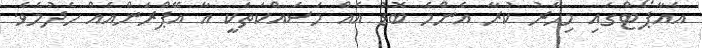
އެއާޕޯޓްގައި މިހާރު ކުރާ އެންމެ ބޮޑު އެއް މަސައްކަތަކީ އާ އޭޕްރަންއެއް ހެދުމެވެ.